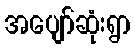
အပျော်ဆုံးရွာ